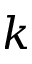
k